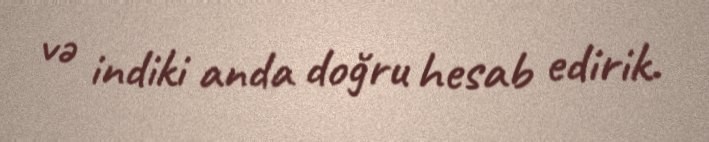
və indiki anda doğru hesab edirik.